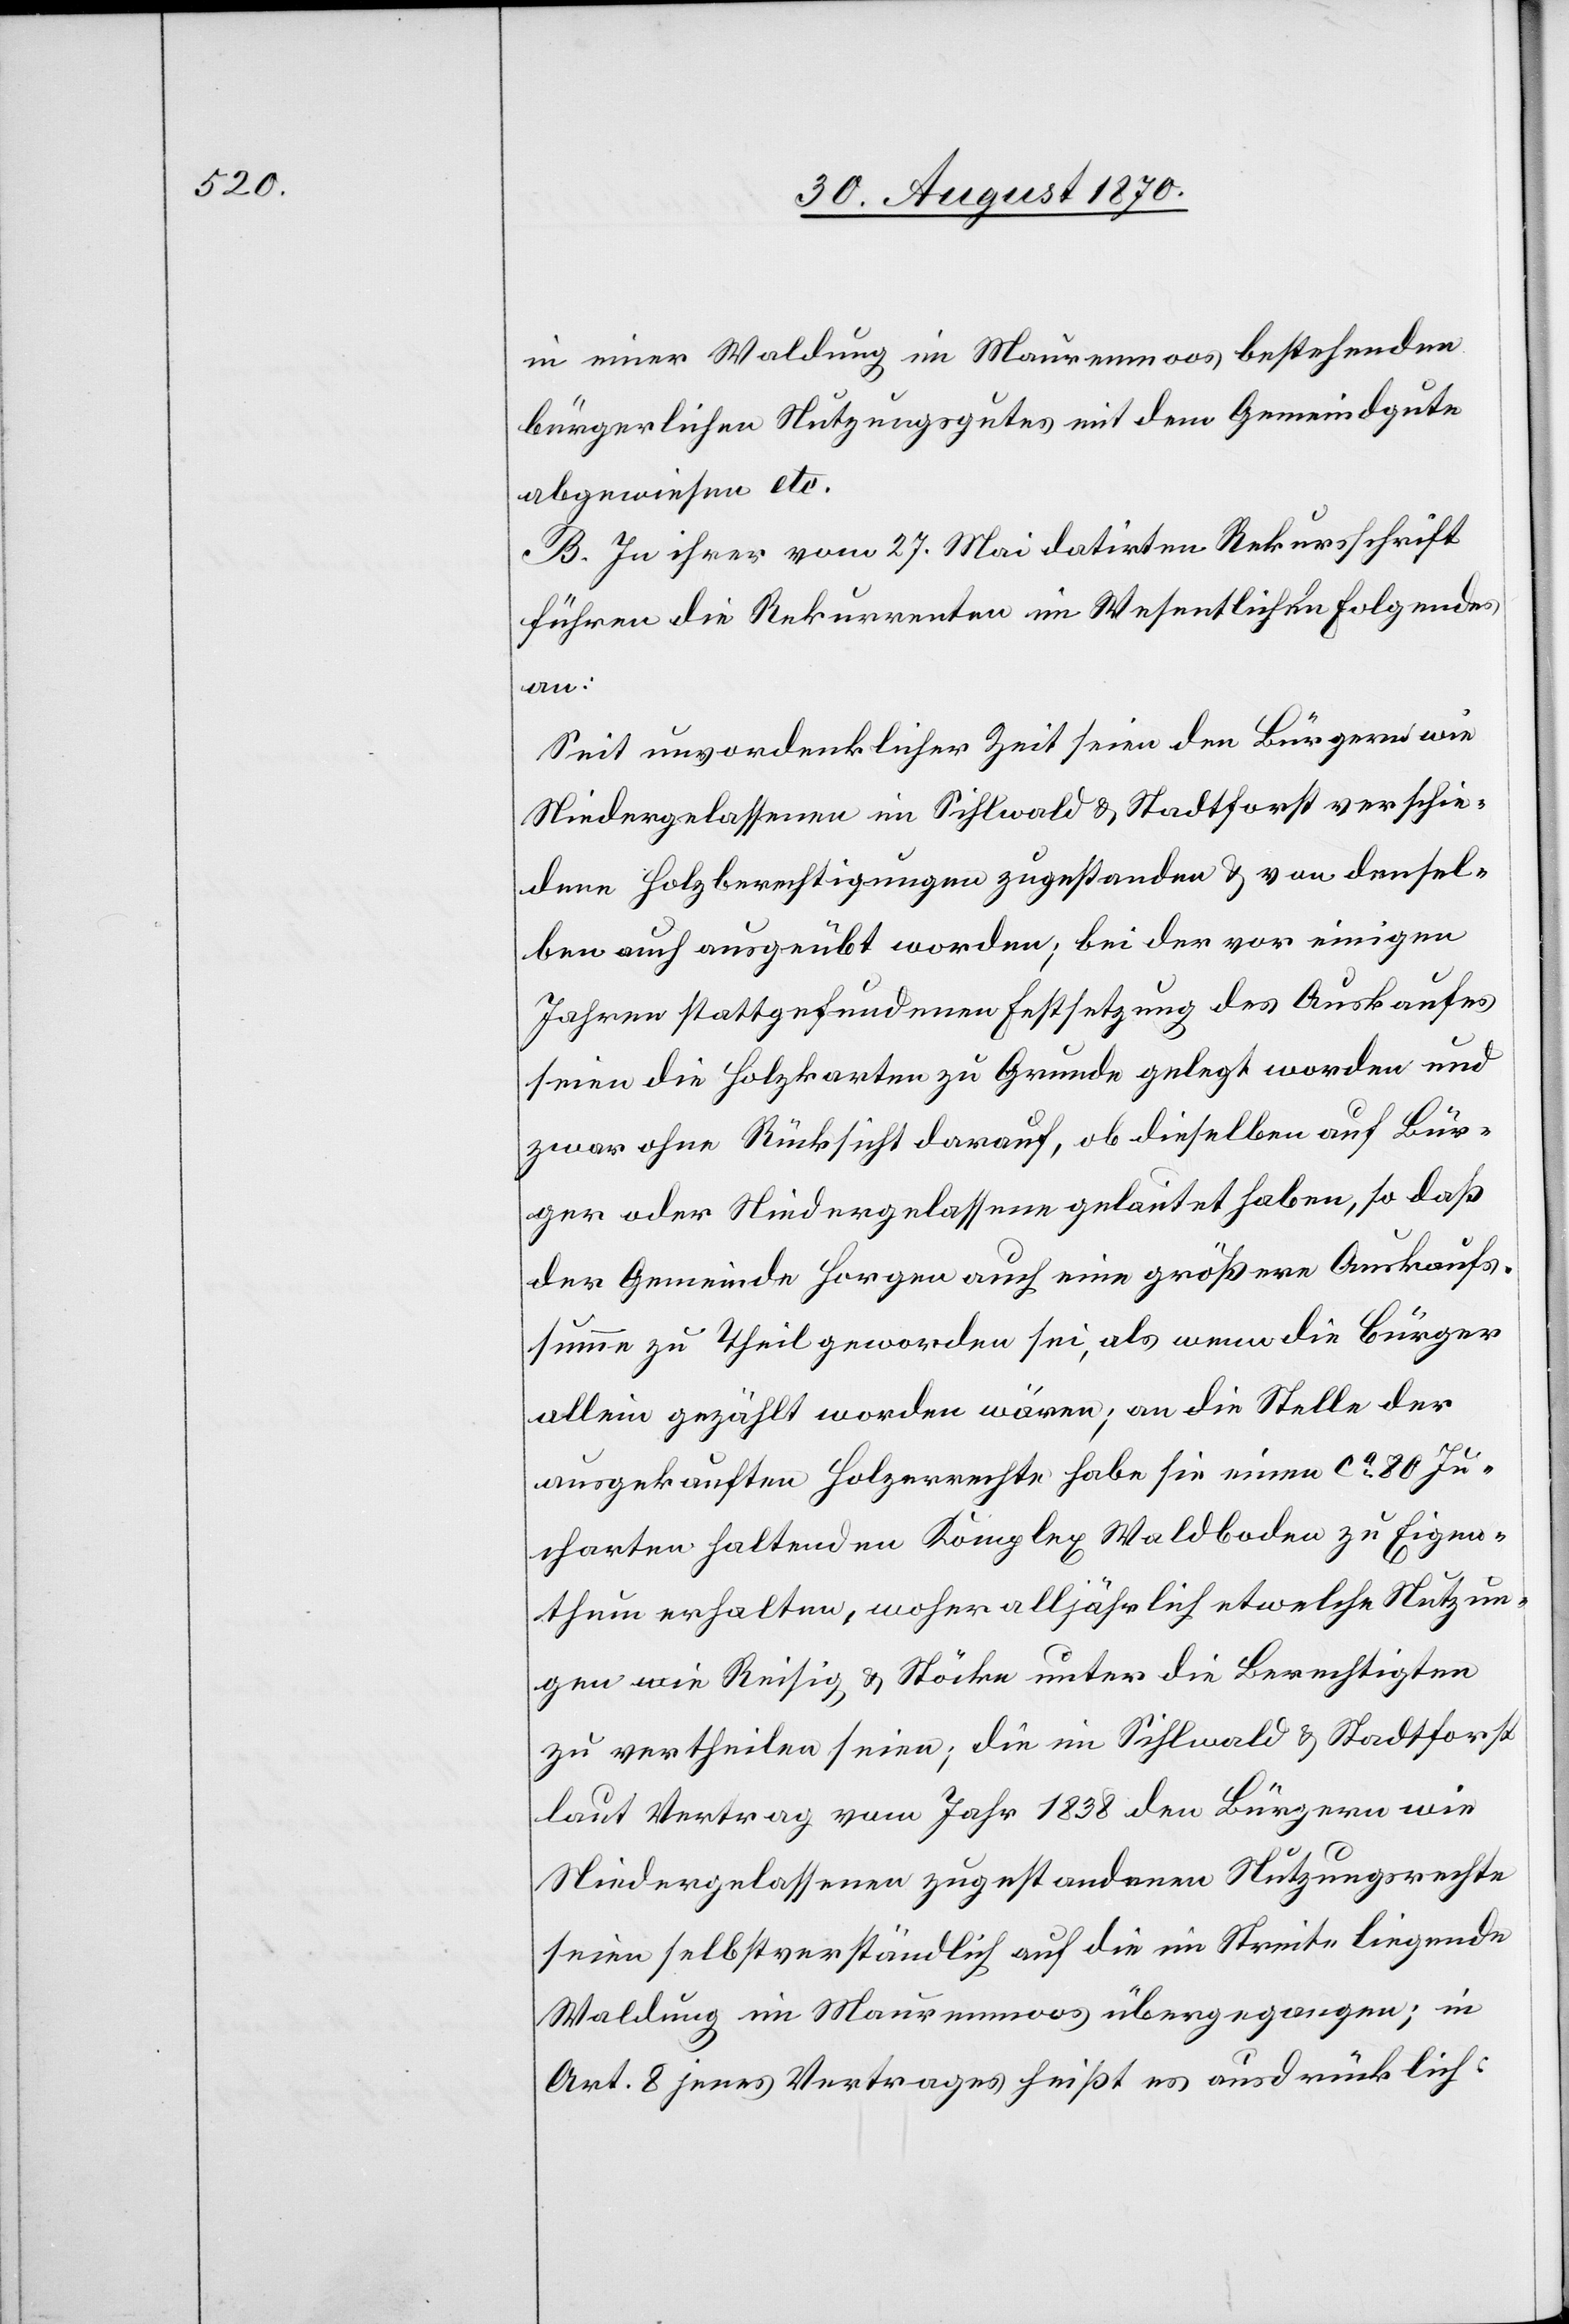
in einer Waldung im Maurenmoos bestehenden
bürgerlichen Nutzungsgutes mit dem Gemeindgute
abgewiesen etc.
B. In ihrer vom 27. Mai datirten Rekursschrift
führen die Rekurrenten im Wesentlichen Folgendes
an:
Seit unvordenklicher Zeit seien den Bürgern wie
Niedergelassenen im Sihlwald & Stadtforst verschie¬
dene Holzberechtigungen zugestanden & von densel¬
ben auch ausgeübt worden; bei der vor einigen
Jahren stattgefundenen Festsetzung des Auskaufes
seien die Holzkarten zu Grunde gelegt worden und
zwar ohne Rücksicht darauf, ob dieselben auf Bür¬
ger oder Niedergelassene gelautet haben, so daß
der Gemeinde Horgen auch eine größere Auskaufs¬
summe zu Theil geworden sei, als wenn die Bürger
allein gezählt worden wären; an die Stelle der
ausgekauften Holzrechte habe sie einen ca 80 Ju¬
charten haltenden Komplex Waldboden zu Eigen¬
thum erhalten, woher alljährlich etwelche Nutzun¬
gen wie Reisig & Stöcke unter die Berechtigten
zu vertheilen seien; die im Sihlwald & Stadtforst
laut Vertrag vom Jahr 1838 den Bürgern wie
Niedergelassenen zugestandenen Nutzungsrechte
seien selbstverständlich auf die im Streite liegende
Waldung im Maurenmoos übergegangen; in
Art. 8 jenes Vertrages heißt es ausdrücklich: